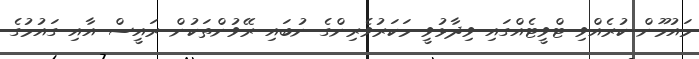
މައުމޫން ކުރެއްވި ޓްވީޓެއްގައި ވިދާޅުވީ މަކަރުވެރިންގެ ނުބައި ރޭވުންތަކުން ރައީސް އާއި ގައުމުގެ